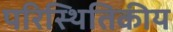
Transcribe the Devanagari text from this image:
परिस्थितिकीय